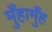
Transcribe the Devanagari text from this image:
मुँहामुँह